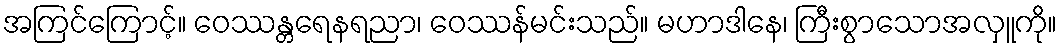
အကြင်ကြောင့်။ ဝေဿန္တရေနရညာ၊ ဝေဿန်မင်းသည်။ မဟာဒါနေ၊ ကြီးစွာသောအလှူကို။